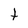
Character: t